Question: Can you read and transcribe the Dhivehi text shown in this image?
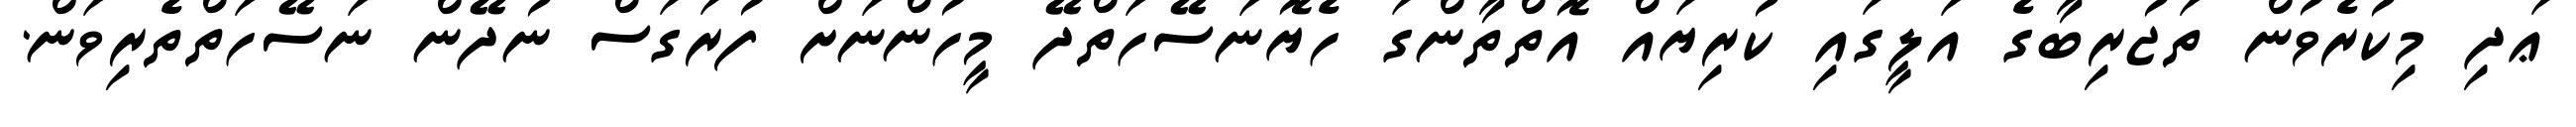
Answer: ޢަދި މިކުރެވުން ތަޖުރިބާގެ އަލީގައި ކުރިޔައް އޮތްތާންގަ ހެޔޮނަސޭހަތްދޭ މީހުންނަށް ފުރަގަސް ނުދޭން ނަސޭހަތްތެރިވަން.